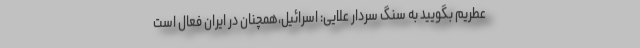
عطریم بگویید به سنگ سردار علایی: اسرائیل،همچنان در ایران فعال است